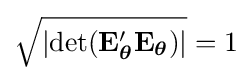
{\sqrt {\left|\operatorname {det} (\mathbf {E} _{\boldsymbol {\theta }}'\mathbf {E} _{\boldsymbol {\theta }})\right|}}=1